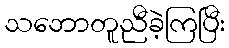
သဘောတူညီခဲ့ကြပြီး